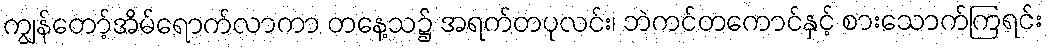
ကျွန်တော့်အိမ်ရောက်လာကာ တနေ့သ၌ အရက်တပုလင်း၊ ဘဲကင်တကောင်နှင့် စားသောက်ကြရင်း